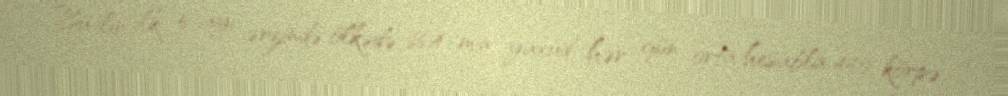
Bu ilin ilk 5 ayı ərzində ölkədə 66,4 min, yaxud hər gün orta hesabla 440 körpə